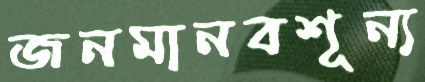
জনমানবশূন্য